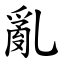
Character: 亂